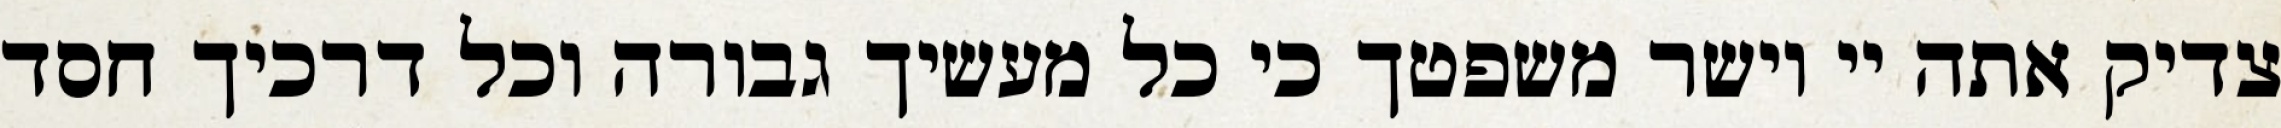
צדיק אתה יי וישר משפטך כי כל מעשיך גבורה וכל דרכיך חסד